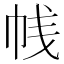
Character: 𰏕